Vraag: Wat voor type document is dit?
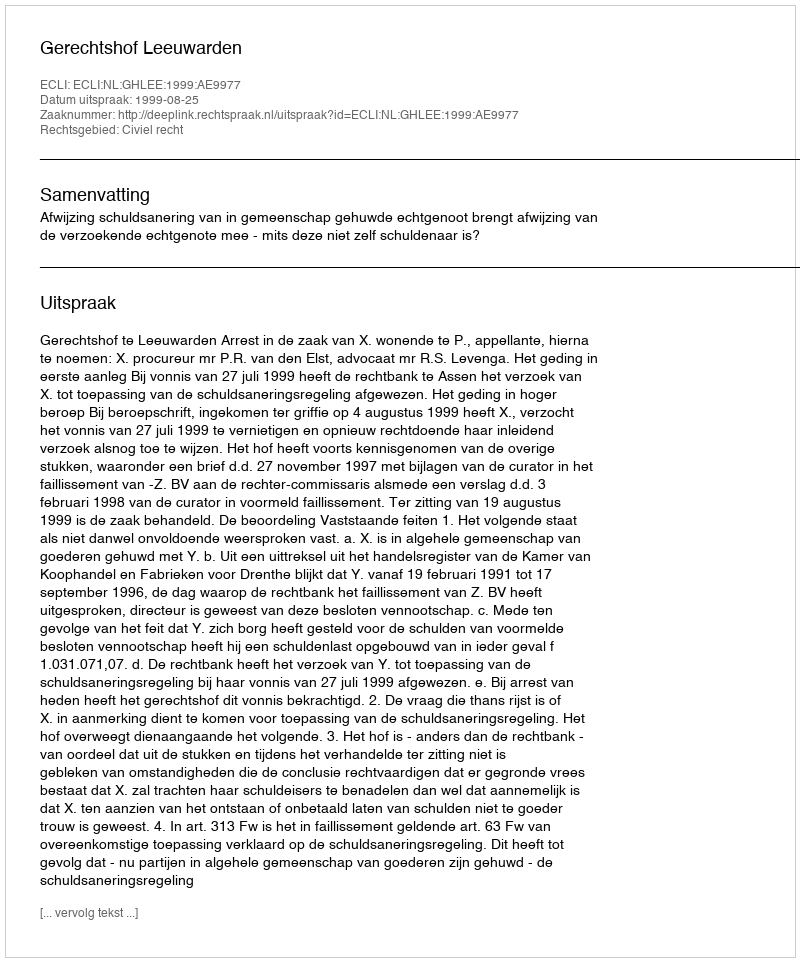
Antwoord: Uitspraak